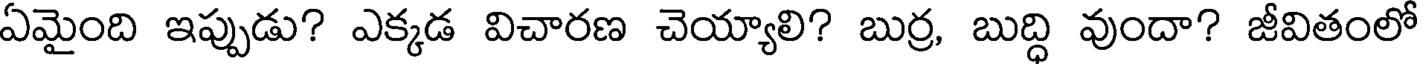
ఏమైంది ఇప్పుడు? ఎక్కడ విచారణ చెయ్యాలి? బుర్ర, బుద్ధి వుందా? జీవితంలో